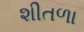
શીતળા